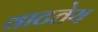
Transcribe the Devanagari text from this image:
वाटतेय